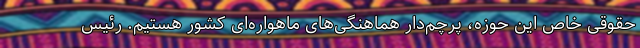
حقوقی خاص این حوزه، پرچم‌دار هماهنگی‌های ماهواره‌ای کشور هستیم. رئیس